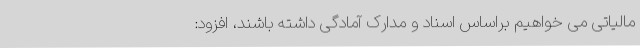
مالیاتی می خواهیم براساس اسناد و مدارک آمادگی داشته باشند، افزود: